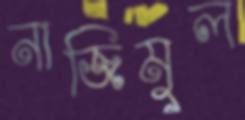
নাজিমুল